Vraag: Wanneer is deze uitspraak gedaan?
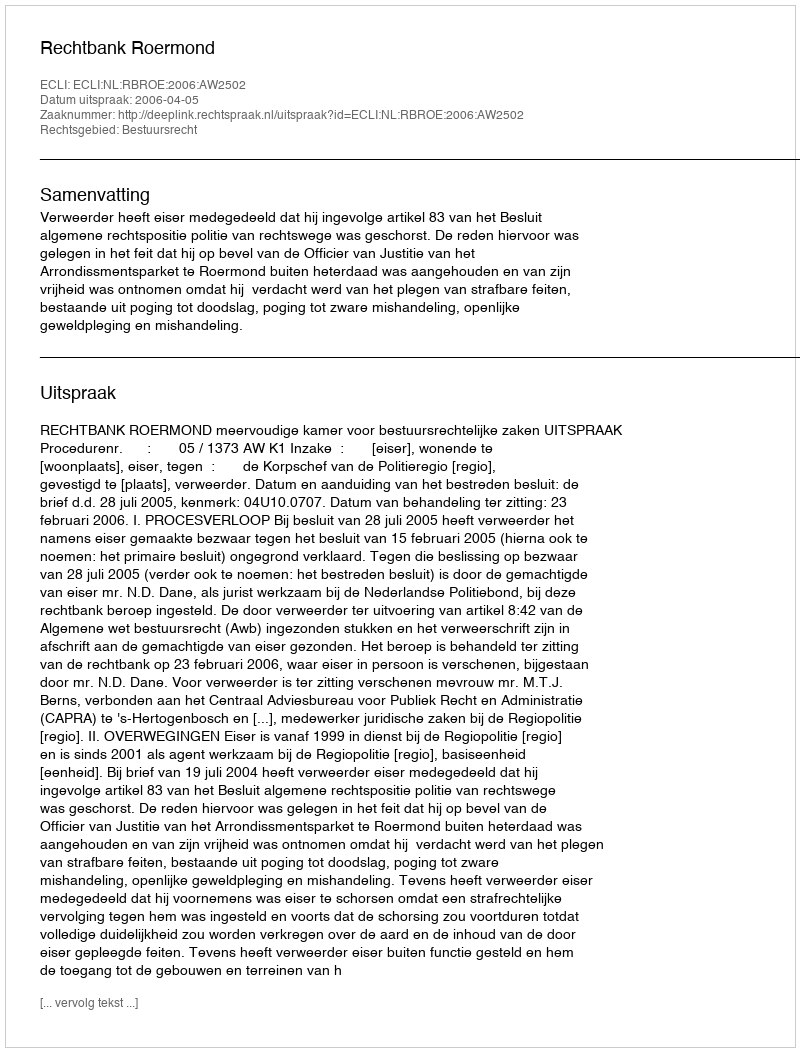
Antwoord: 2006-04-05